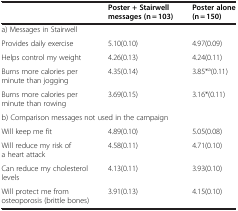
<table><thead><tr><td><b> </b></td><td><b>Poster + Stairwell messages (n = 103)</b></td><td><b>Poster alone (n = 150)</b></td></tr></thead><tbody><tr><td colspan="3">a) Messages in Stairwell</td></tr><tr><td>Provides daily exercise</td><td>5.10(0.10)</td><td>4.97(0.09)</td></tr><tr><td>Helps control my weight</td><td>4.26(0.13)</td><td>4.24(0.11)</td></tr><tr><td>Burns more calories per minute than jogging</td><td>4.35(0.14)</td><td>3.85*<sup>a</sup>(0.11)</td></tr><tr><td>Burns more calories per minute than rowing</td><td>3.69(0.15)</td><td>3.16*(0.11)</td></tr><tr><td colspan="3">b) Comparison messages not used in the campaign</td></tr><tr><td>Will keep me fit</td><td>4.89(0.10)</td><td>5.05(0.08)</td></tr><tr><td>Will reduce my risk of a heart attack</td><td>4.58(0.11)</td><td>4.71(0.10)</td></tr><tr><td>Can reduce my cholesterol levels</td><td>4.13(0.11)</td><td>3.93(0.10)</td></tr><tr><td>Will protect me from osteoporosis (brittle bones)</td><td>3.91(0.13)</td><td>4.15(0.10)</td></tr></tbody></table>